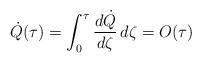
LaTeX: \begin{align*}\dot Q(\tau) = \int_0^\tau \frac{d \dot Q}{d \zeta} \, d\zeta = O(\tau)\end{align*}